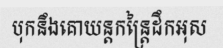
បុកនឹងគោយន្តកន្ត្រៃដឹកអុស